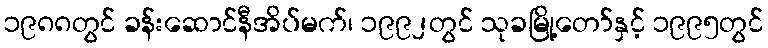
၁၉၈၈တွင် ခန်းဆောင်နီအိပ်မက်၊ ၁၉၉၂တွင် သုခမြို့တော်နှင့် ၁၉၉၅တွင်